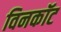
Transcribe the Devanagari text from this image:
विनकॉट